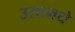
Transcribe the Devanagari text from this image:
उसामधे